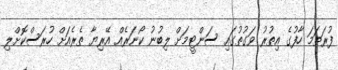
ފުރަތަމަ ހާފުގެ އިތުރު ވަގުތުގައި ސަންޓީމަށް ލިބުނު ކޯނަރެއް އޭރިޔާ ތެރެއަށް ހުރަސްކޮށްލި